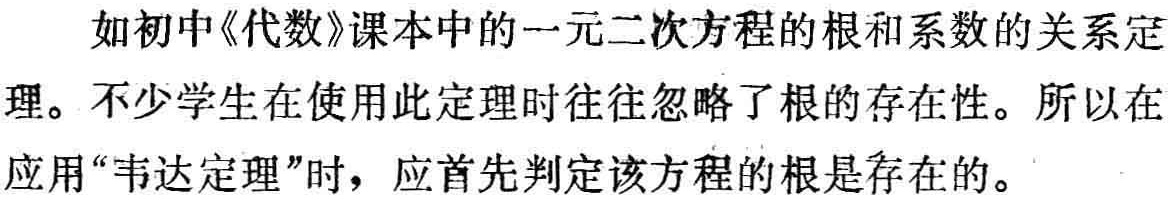
如初中《代数》课本中的一元二次方程的根和系数的关系定理。不少学生在使用此定理时往往忽略了根的存在性。所以在应用“韦达定理”时，应首先判定该方程的根是存在的。